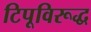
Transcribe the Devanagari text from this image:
टिपूविरूद्ध